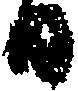
日